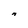
Character: n